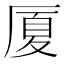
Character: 厦